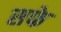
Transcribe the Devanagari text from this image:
सफे